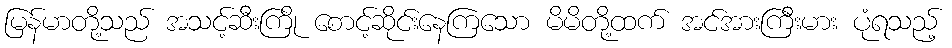
မြန်မာတို့သည် အသင့်ဆီးကြို စောင့်ဆိုင်းနေကြသော မိမိတို့ထက် အင်အားကြီးမား ပုံရသည့်